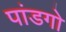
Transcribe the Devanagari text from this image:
पांडगो